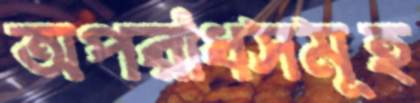
অপরাধসমূহ